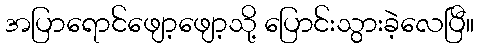
အပြာရောင်ဖျော့ဖျော့သို့ ပြောင်းသွားခဲ့လေပြီ။